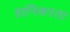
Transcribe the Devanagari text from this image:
हानिकरता